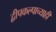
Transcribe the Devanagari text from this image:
द्वीपकल्पाच्याही